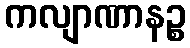
ကလျာဏာနဉ္စ